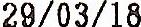
29/03/18